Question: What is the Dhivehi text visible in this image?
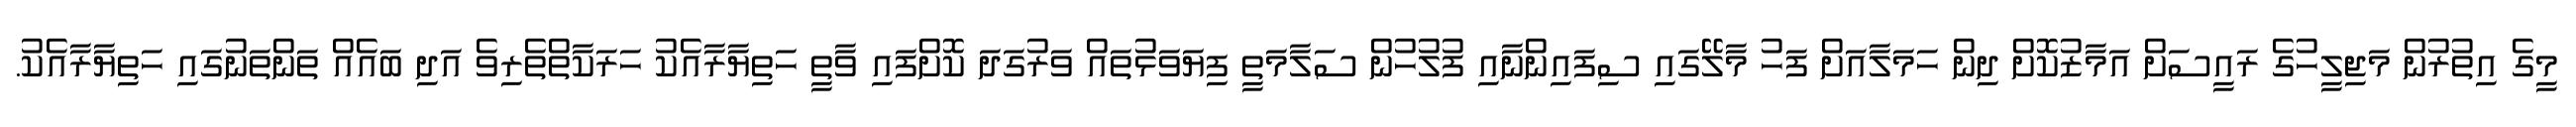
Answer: މީގެ އިތުރުން މަޖިލީހުގެ ރައީސަށް އަމާޒުކޮށް ދިން ހަމަލާއަށް ފަހު މާލޭގައި ސިފައިންނާއި ފުލުހުން ސަލާމަތީ ފިޔަވަޅުތައް ވަރުގަދަ ކޮށްފައި ވާތީ ހަތިޔާރާއެކު ހަރަކާތްތެރިވެ އަދި ބައެއް ތަންތަނުގައި ހަތިޔާރާއެކު.